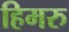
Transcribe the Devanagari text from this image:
हिमरु